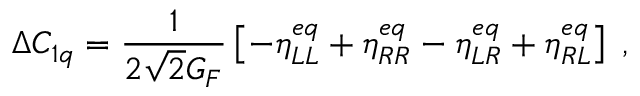
\Delta C _ { 1 q } = \frac { 1 } { 2 \sqrt { 2 } G _ { F } } \left[ - \eta _ { L L } ^ { e q } + \eta _ { R R } ^ { e q } - \eta _ { L R } ^ { e q } + \eta _ { R L } ^ { e q } \right] \; ,